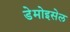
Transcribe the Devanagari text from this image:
डेमोइसेल